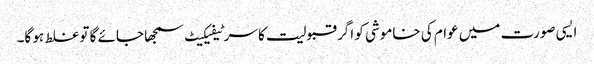
ایسی صورت میں عوام کی خاموشی کو اگر قبولیت کا سرٹیفیکیٹ سمجھا جائے گا تو غلط ہو گا۔